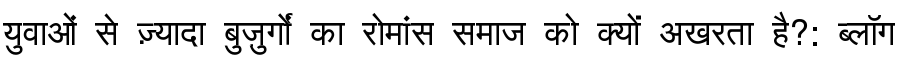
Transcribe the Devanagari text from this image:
युवाओं से ज़्यादा बुज़ुर्गों का रोमांस समाज को क्यों अखरता है?: ब्लॉग